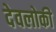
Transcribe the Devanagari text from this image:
देवलोकी